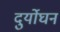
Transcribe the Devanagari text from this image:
दुर्योघन